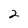
Character: 2